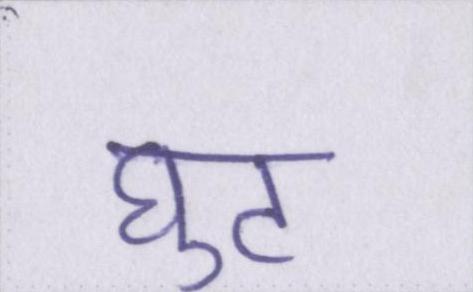
घुट